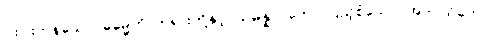
ငါးပါးကုန်သော။ ဓမ္မေဟိ၊ တရားတို့နှင့်။ သမန္နာဂတော၊ ပြည့်စုံသော။ အာဝါသိကော၊